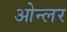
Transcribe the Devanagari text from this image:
ओन्लर